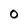
Character: 0